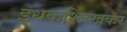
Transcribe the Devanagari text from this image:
इधकश्लिखकर